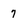
Character: 7